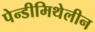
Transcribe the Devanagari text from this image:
पेन्डीमिथेलीन